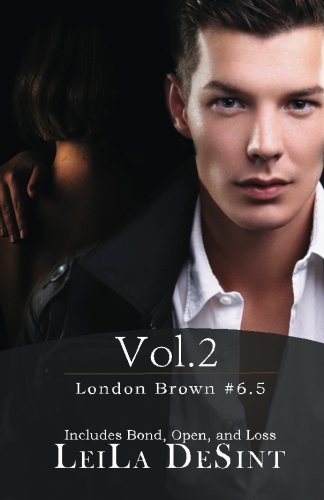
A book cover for Vol. 2 [LONDON BROWN]; Leila DeSint; Romance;